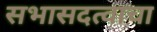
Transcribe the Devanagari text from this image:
सभासदत्वाचा